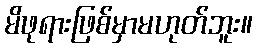
မိဖုရားဖြစ်မှာမဟုတ်ဘူး။